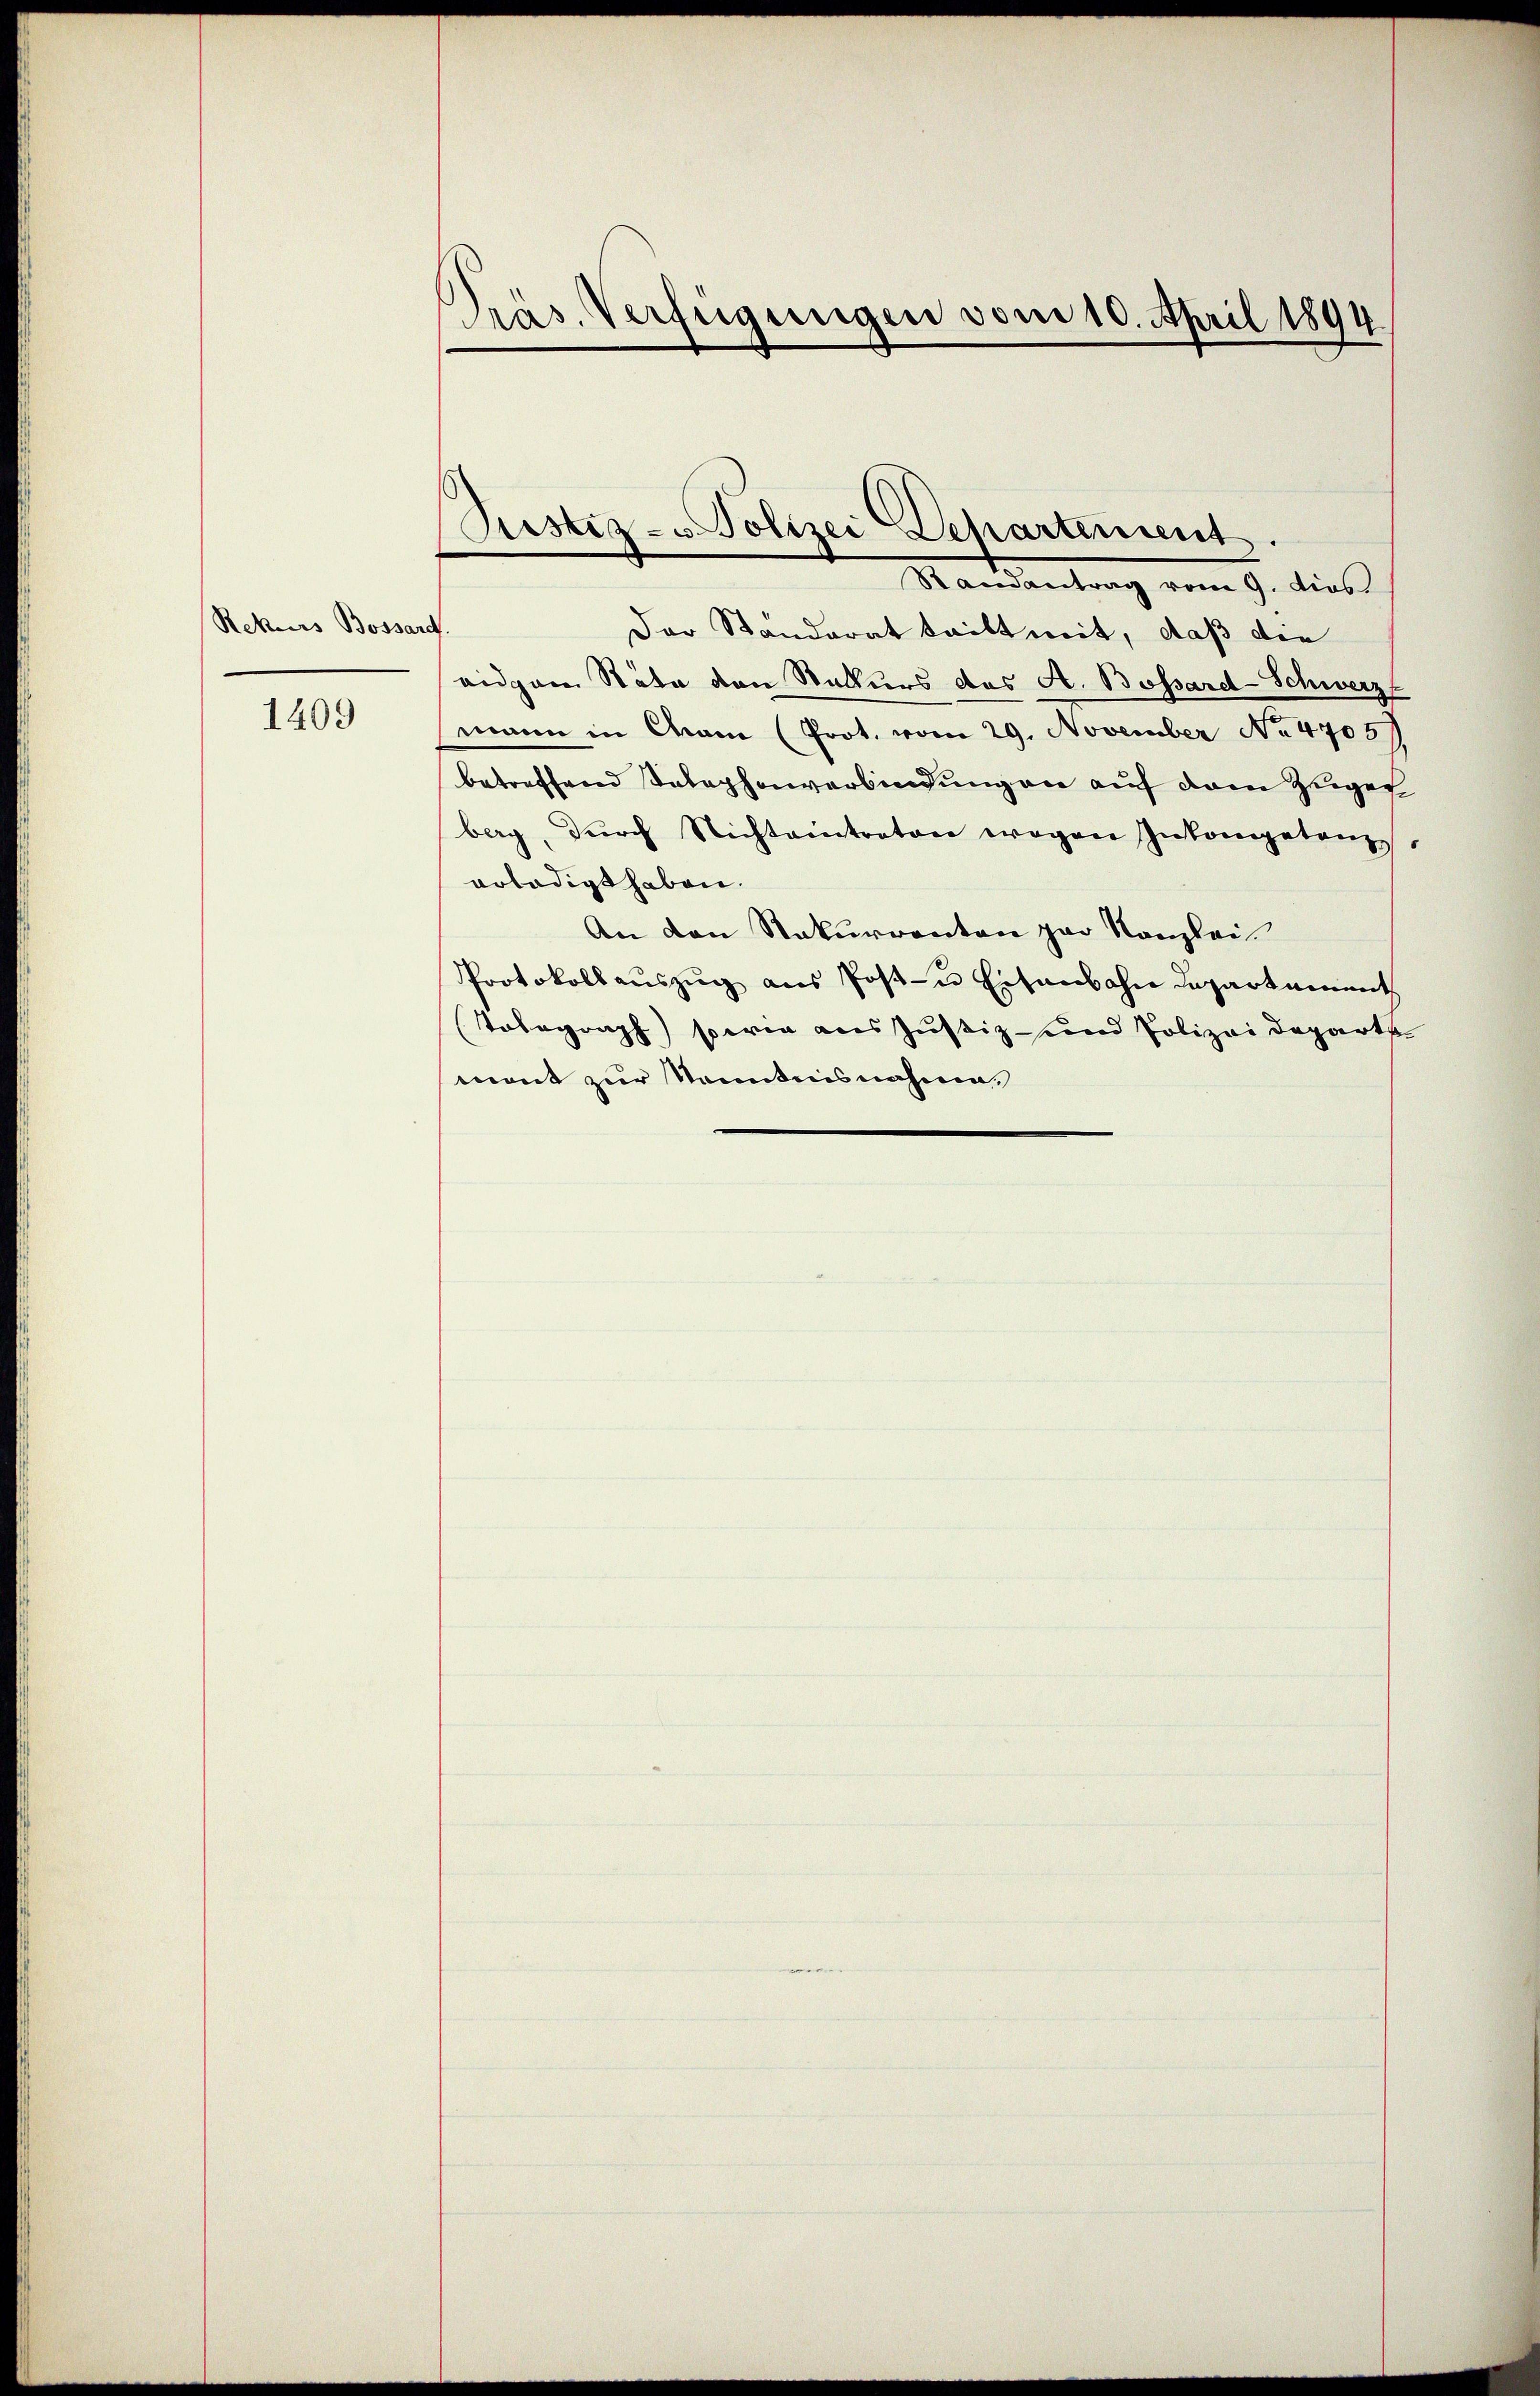
Rekurs Bossard.

1409

Der Standerat teilt mit, daß die
eidgen Räte von Stalkurs das A. Bossard-Schwerz
mann in Can (Prot. vom 29. November No 4705)
betreffend Telephonverbindung an auf dem Zuger
berg, dŭrch Nichtantraton wegen Inkompetenz
erledigt haben.
An den Rekurrenten par Kanzlei
Protokoll aŭszŭg aŭs Post- u Eisenbahn Departament
Tolegraph sowie aus Justiz- und Polizeideparts
mont zur Kenntnisnahme,

PPräs. Verfügungen vom 10. April 1894

Justiz- u Polizei Departement.
Randantrag vom 9. dies